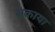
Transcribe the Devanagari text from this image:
सकाया